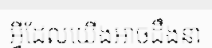
អ្វីដែលយើងអាចដឹងនា